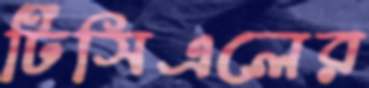
টিসিএলের